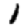
Digit: 1